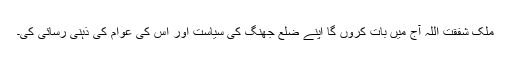
ملک شفقت اللہ آج میں بات کروں گا اپنے ضلع جھنگ کی سیاست اور اس کی عوام کی ذہنی رسائی کی۔